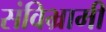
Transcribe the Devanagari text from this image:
संविभ्रामी